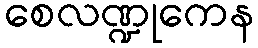
စေလဏ္ဍုကေန